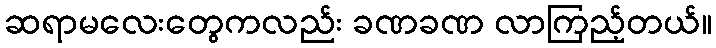
ဆရာမလေးတွေကလည်း ခဏခဏ လာကြည့်တယ်။